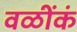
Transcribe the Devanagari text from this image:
वळींकं